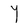
Character: Y